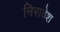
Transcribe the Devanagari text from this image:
निरावेश